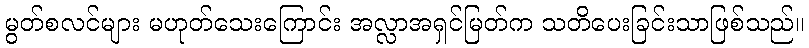
မွတ်စလင်များ မဟုတ်သေးကြောင်း အလ္လာအရှင်မြတ်က သတိပေးခြင်းသာဖြစ်သည်။